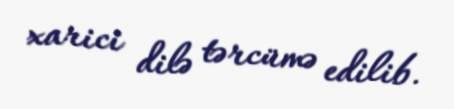
xarici dilə tərcümə edilib.